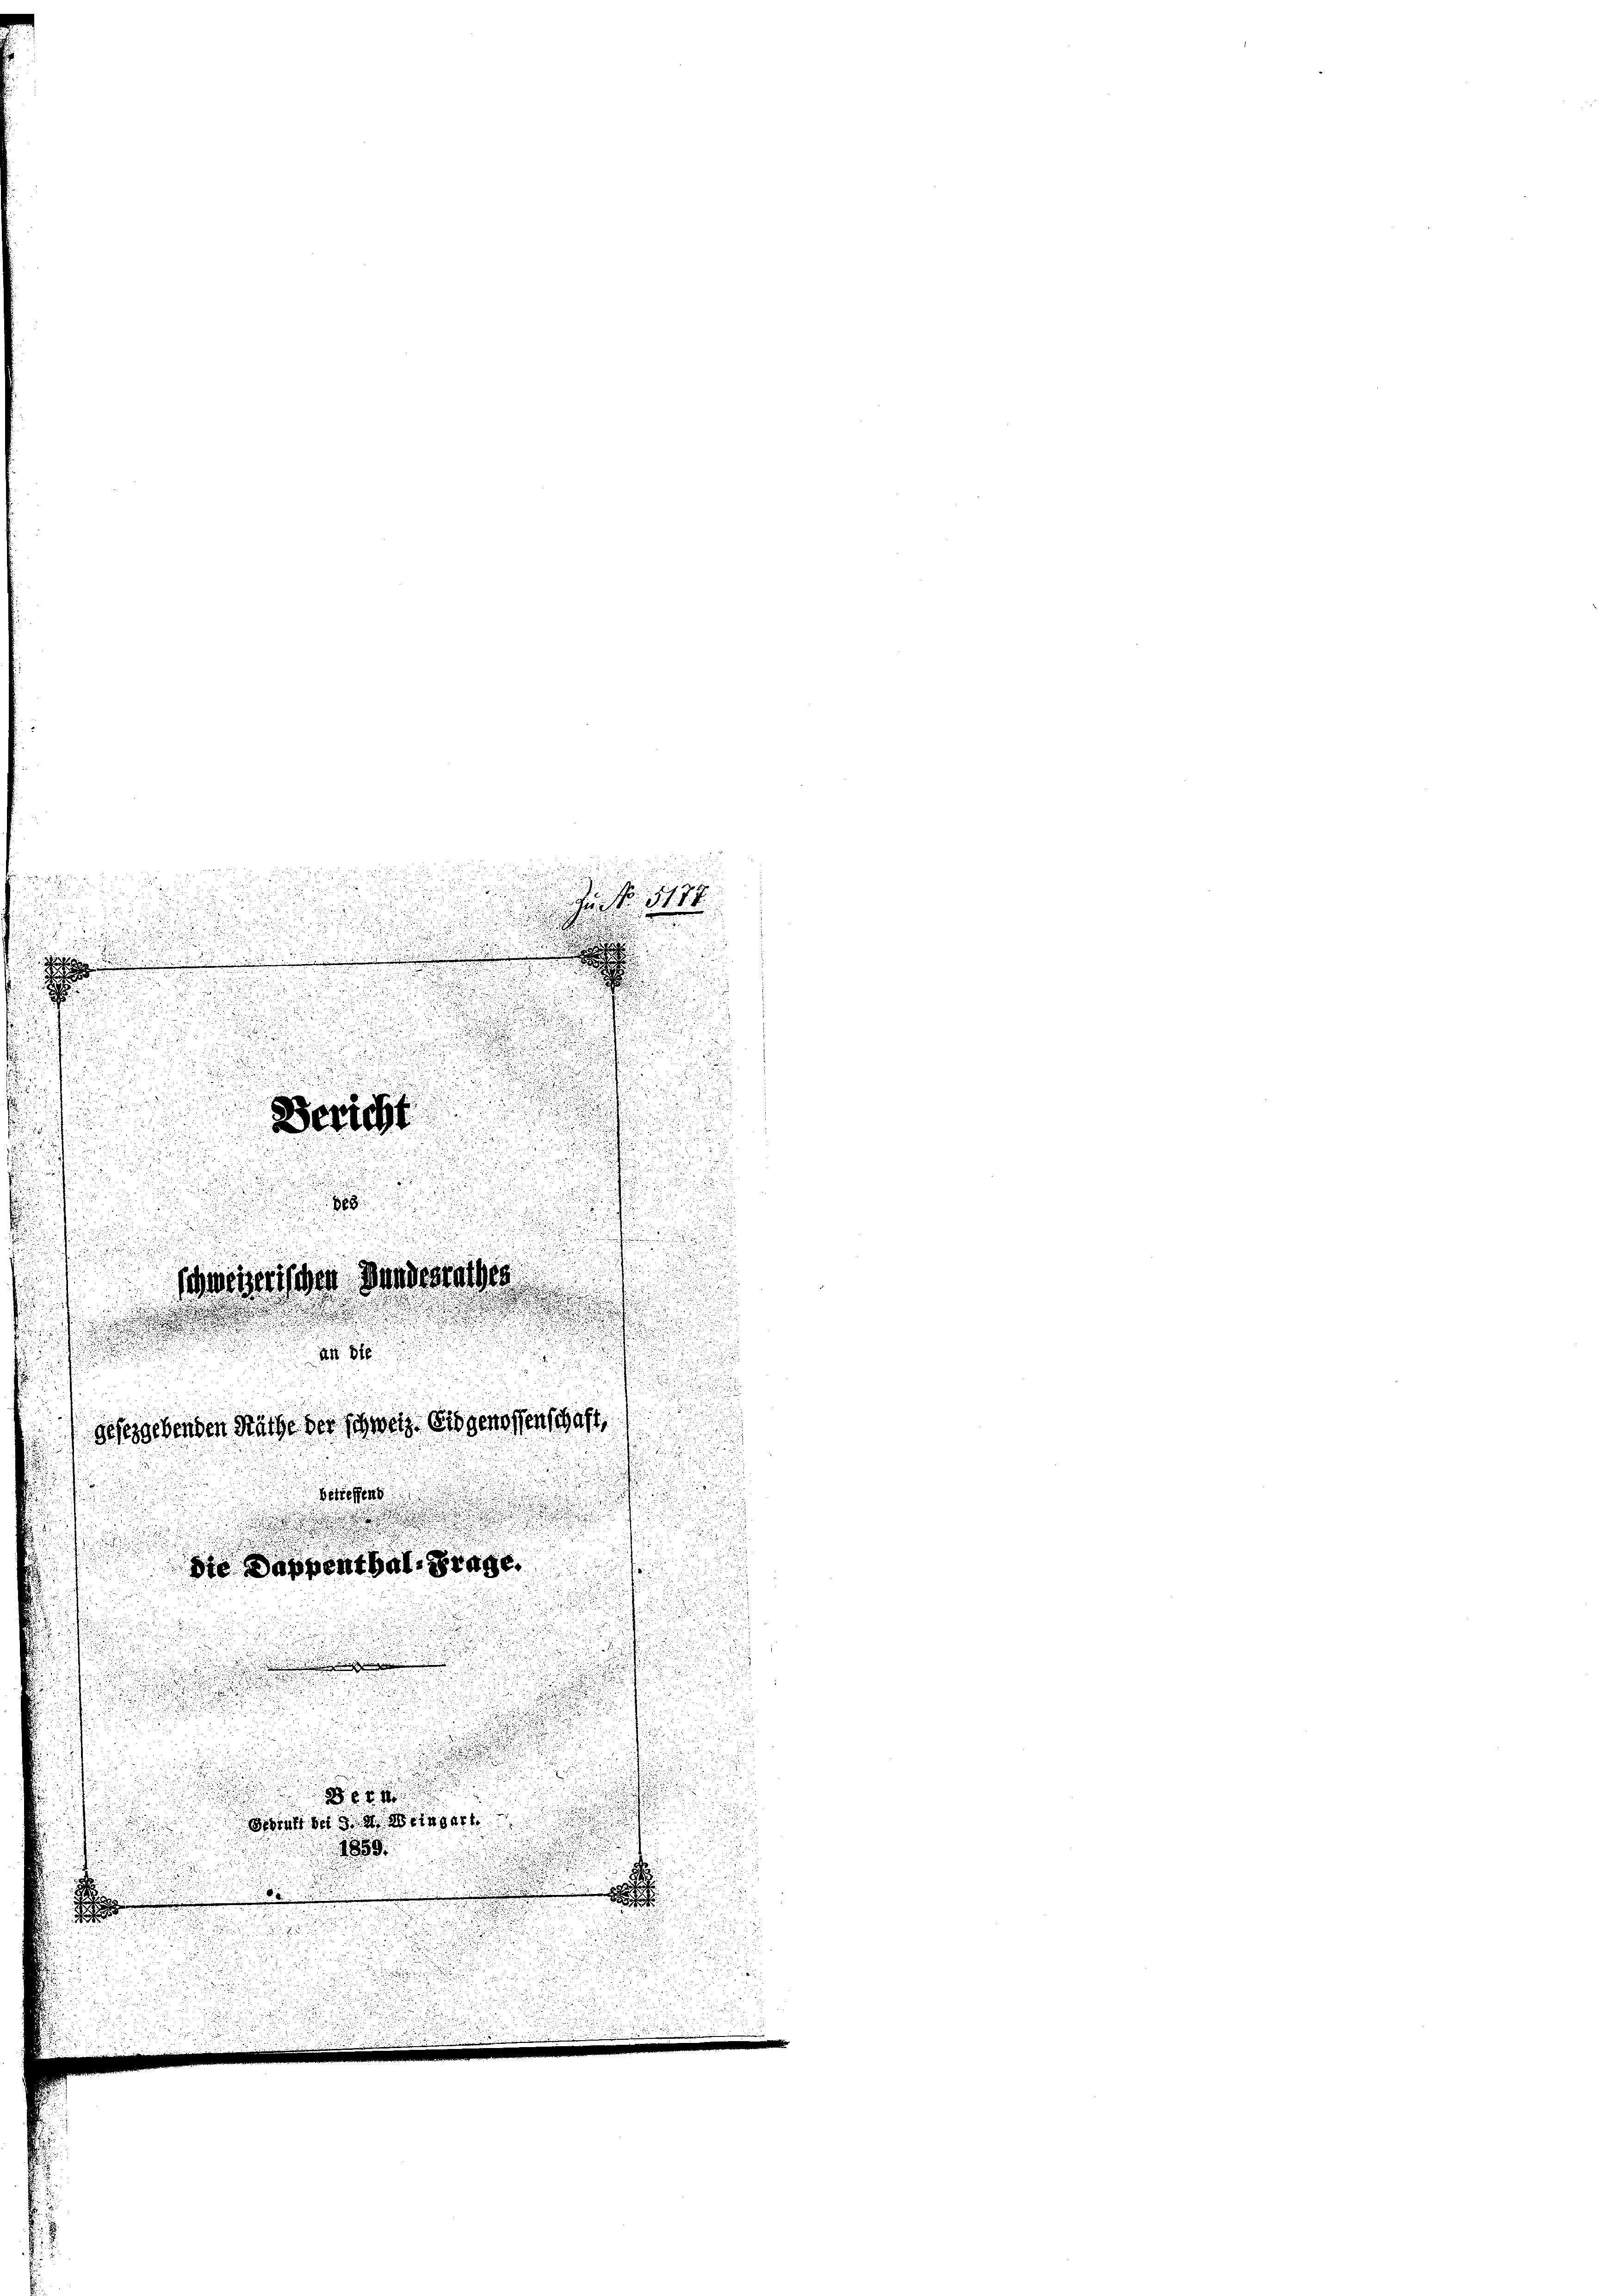
51. 77

.
.
u
a

.
.
u
.

Bericht
u
888
u
¬

gesetzgebenden Räthe der Schweiz. Eis genossenschaft,
e
e

Die Dappenthal frage.
. . . 1
Wert des einger
1859.

schweizerischen Gundesrathes
n
.

.

t
An St

n